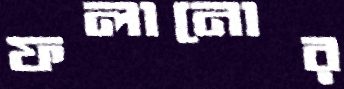
ফলানোর